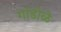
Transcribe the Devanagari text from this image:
गांडोळे